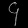
Digit: ၄